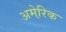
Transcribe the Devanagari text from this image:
अमेरि़क